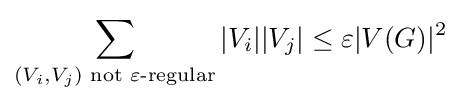
\sum _{(V_{i},V_{j}){\text{ not }}\varepsilon {\text{-regular}}}|V_{i}||V_{j}|\leq \varepsilon |V(G)|^{2}